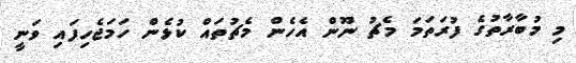
މި މުބާރާތުގެ ފުރަތަމަ މެޗު ނޫން އެހެން މެޗުތައް ކުޅެން ހަމަޖެހިފައި ވަނީ